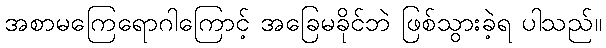
အစာမကြေရောဂါကြောင့် အခြေမခိုင်ဘဲ ဖြစ်သွားခဲ့ရ ပါသည်။